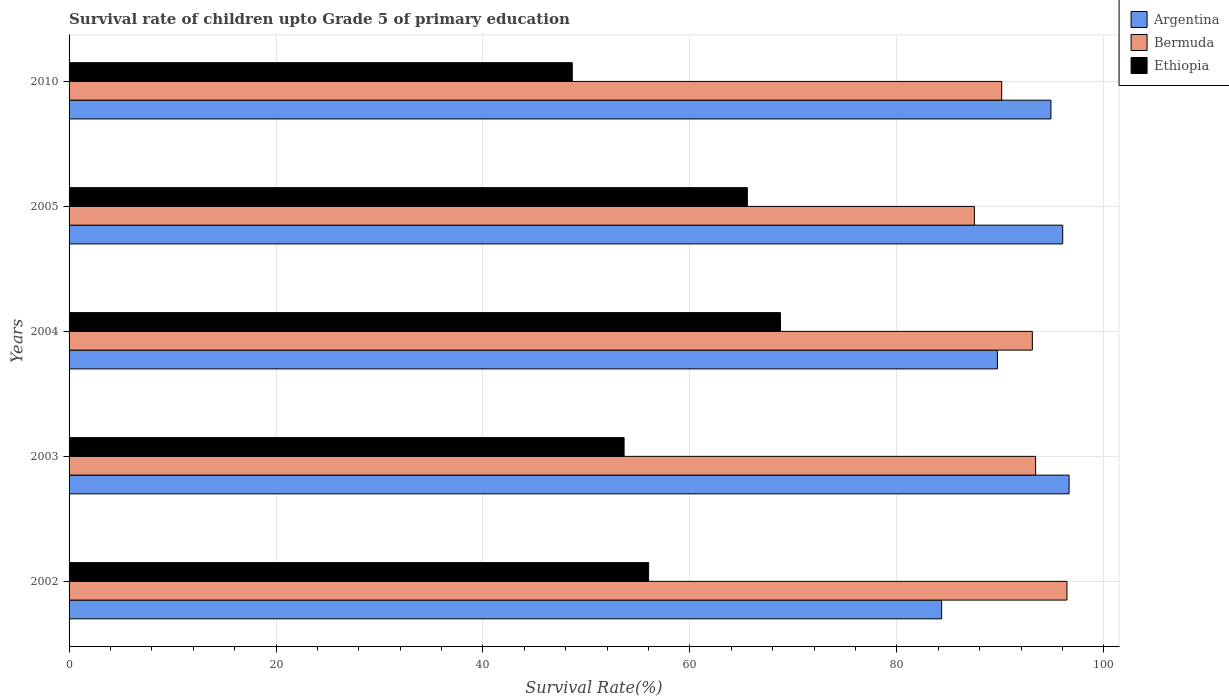
| Years | Argentina | Bermuda | Ethiopia |
 | --- | --- | --- | --- |
 | 2002 | 84.3 | 96.4 | 56 |
 | 2003 | 96.6 | 93.4 | 53.6 |
 | 2004 | 89.7 | 93.1 | 68.8 |
 | 2005 | 96 | 87.5 | 65.6 |
 | 2010 | 94.9 | 90.1 | 48.6 |